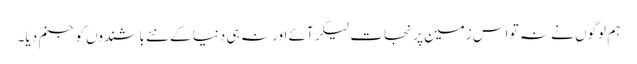
ہم لوگوں نے نہ تو اس زمین پر نجات لیکر آئے اور نہ ہی دنیا کے نئے باشندوں کو جنم دیا۔